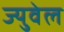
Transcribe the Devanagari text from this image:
ज्युवेल